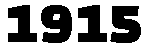
1915